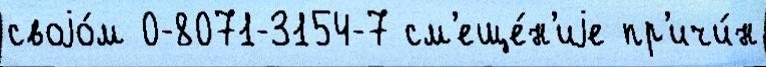
своjо́м 0-8071-3154-7 см'еще́н'иjе пр'ичи́н